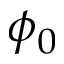
\phi _ { 0 }